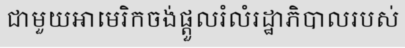
ជាមួយអាមេរិកចង់ផ្តួលរំលំរដ្ឋាភិបាលរបស់